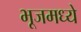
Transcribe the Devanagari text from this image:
भूजमध्ये